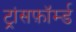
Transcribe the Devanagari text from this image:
ट्रांसफ़ॉर्म्ड